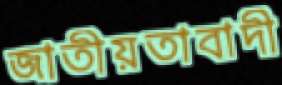
জাতীয়তাবাদী